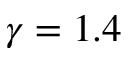
\gamma = 1 . 4